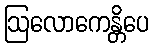
ဩလောကေန္တိပေ